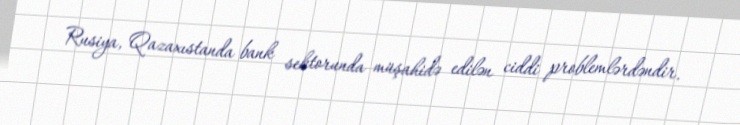
Rusiya, Qazaxıstanda bank sektorunda müşahidə edilən ciddi problemlərdəndir.